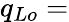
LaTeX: q_{Lo}=